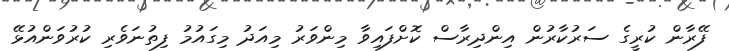
ފޭރާން ކުރީގެ ސަރުކާރުން އިންދިރާސް ކޮށްފައިވާ މިންވަރު މިއަދު މިގައުމު ފިތުނަވެރި ކުރުވަންއުޅޭ